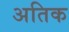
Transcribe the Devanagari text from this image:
अतिक